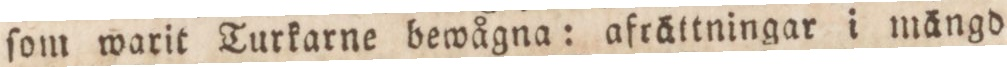
ſom warit Turkarne bewågna: afrättningar i mängd